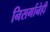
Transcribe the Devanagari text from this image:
निसर्गानेही